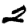
Digit: 2